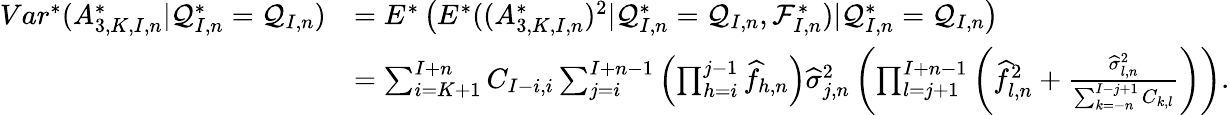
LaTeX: \begin{array}{rl}{Var^{*}(A_{3,K,I,n}^{*}|\mathcal{Q}_{I,n}^{*}=\mathcal{Q}_{I,n})}&{=E^{*}\left(E^{*}((A_{3,K,I,n}^{*})^{2}|\mathcal{Q}_{I,n}^{*}=\mathcal{Q}_{I,n},\mathcal{F}_{I,n}^{*})|\mathcal{Q}_{I,n}^{*}=\mathcal{Q}_{I,n}\right)}\\ &{=\sum_{i=K+1}^{I+n}C_{I-i,i}\sum_{j=i}^{I+n-1}\left(\prod_{h=i}^{j-1}\widehat f_{h,n}\right)\widehat\sigma_{j,n}^{2}\left(\prod_{l=j+1}^{I+n-1}\left(\widehat f_{l,n}^{2}+\frac{\widehat\sigma_{l,n}^{2}}{\sum_{k=-n}^{I-j+1}C_{k,l}}\right)\right).}\end{array}